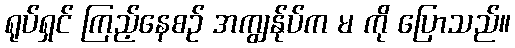
ရုပ်ရှင် ကြည့်နေစဉ် အကျွန်ုပ်က မ ကို ပြောသည်။